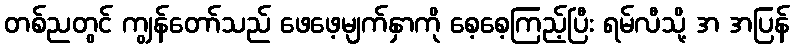
တစ်ညတွင် ကျွန်တော်သည် ဖေဖေ့မျက်နှာကို စေ့စေ့ကြည့်ပြီး ရမ်လီသို့ အ အပြန်